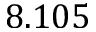
8 . 1 0 5